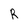
Character: R